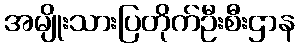
အမျိုးသားပြတိုက်ဦးစီးဌာန